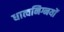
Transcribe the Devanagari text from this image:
धात्वनिग्नयों